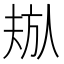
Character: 𬀁